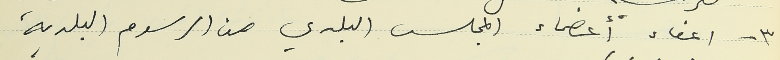
٣ - اعفاء أعضاء المجلس البلدي من الرسوم البلدية